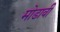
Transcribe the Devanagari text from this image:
मोडावी